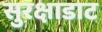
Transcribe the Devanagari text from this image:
सुरक्षाडाट